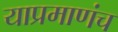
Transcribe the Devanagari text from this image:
याप्रमाणंच